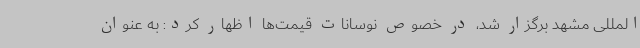
‌المللی مشهد برگزار شد، در خصوص نوسانات قیمت‌ها اظهار کرد: به عنوان